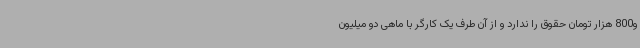
و800 هزار تومان حقوق را ندارد و از آن طرف یک کارگر با ماهی دو میلیون